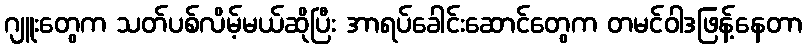
ဂျူးတွေက သတ်ပစ်လိမ့်မယ်ဆိုပြီး အာရပ်ခေါင်းဆောင်တွေက တမင်ဝါဒဖြန့်နေတာ